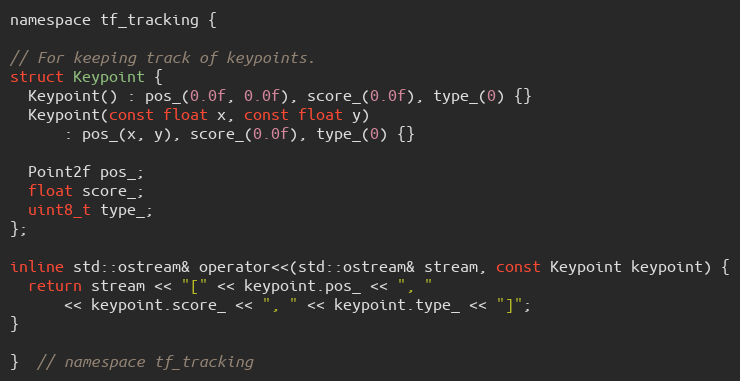
Language: C
namespace tf_tracking {

// For keeping track of keypoints.
struct Keypoint {
  Keypoint() : pos_(0.0f, 0.0f), score_(0.0f), type_(0) {}
  Keypoint(const float x, const float y)
      : pos_(x, y), score_(0.0f), type_(0) {}

  Point2f pos_;
  float score_;
  uint8_t type_;
};

inline std::ostream& operator<<(std::ostream& stream, const Keypoint keypoint) {
  return stream << "[" << keypoint.pos_ << ", "
      << keypoint.score_ << ", " << keypoint.type_ << "]";
}

}  // namespace tf_tracking